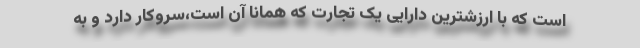
است که با ارزشترین دارایی یک تجارت که همانا آن است،سروکار دارد و به